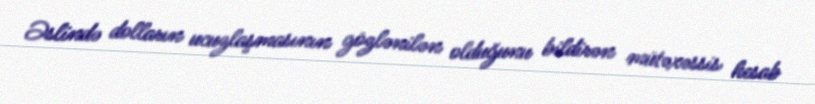
Əslində dolların ucuzlaşmasının gözlənilən olduğunu bildirən mütəxəssis hesab